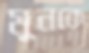
মুনকে